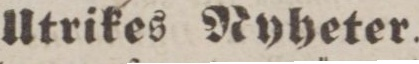
Utrikes Ryheter.